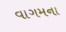
વાગમના